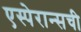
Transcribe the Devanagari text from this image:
एस्पेरान्सची